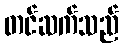
တင်ဆက်သည်